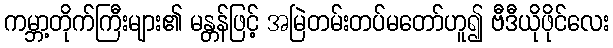
ကမ္ဘာ့တိုက်ကြီးများ၏ မန္တန်ဖြင့် အမြဲတမ်းတပ်မတော်ဟူ၍ ဗီဒီယိုဖိုင်လေး